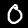
Digit: 0